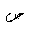
Letter: _sad